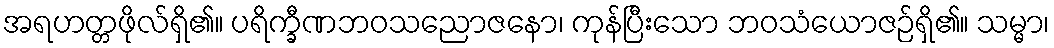
အရဟတ္တဖိုလ်ရှိ၏။ ပရိက္ခီဏဘဝသညောဇနော၊ ကုန်ပြီးသော ဘဝသံယောဇဉ်ရှိ၏။ သမ္မာ၊